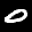
Label: 0